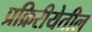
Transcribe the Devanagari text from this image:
प्रक्रिरीयेतील